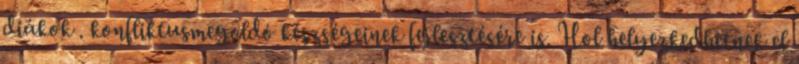
diákok . konfliktusmegoldó készségeinek fejlesztésére is. Hol helyezkedhetnek el